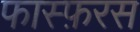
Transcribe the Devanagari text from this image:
फास्फ़रस